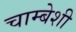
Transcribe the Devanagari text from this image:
चाम्बेशी